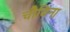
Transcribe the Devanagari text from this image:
चौबिना